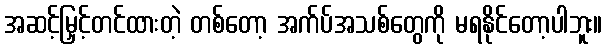
အဆင့်မြှင့်တင်ထားတဲ့ တစ်တော့ အက်ပ်အသစ်တွေကို မရနိုင်တော့ပါဘူး။